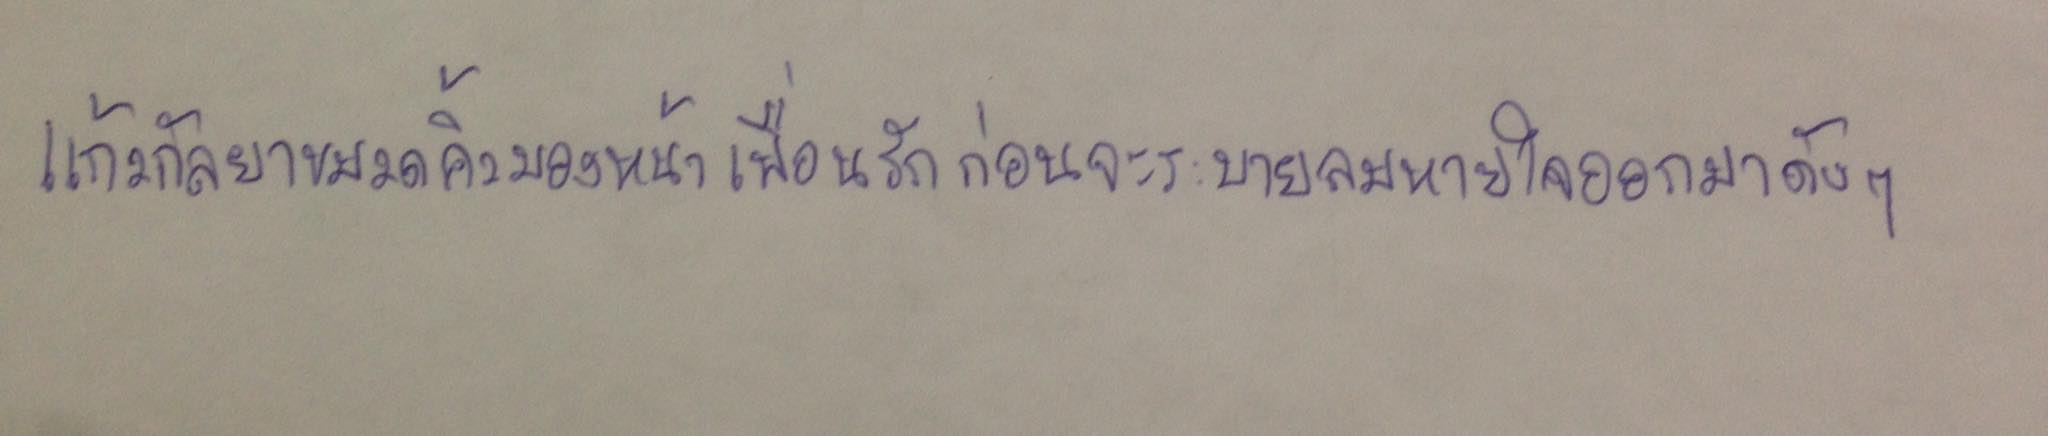
แก้วกัลยาขมวดคิ้วมองหน้าเพื่อนรักก่อนจะระบายลมหายใจออกมาดังๆ